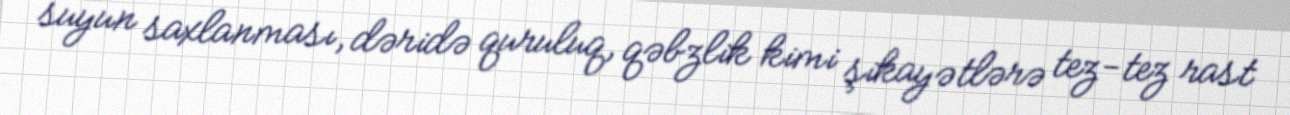
suyun saxlanması, dəridə quruluq, qəbzlik kimi şikayətlərə tez-tez rast